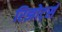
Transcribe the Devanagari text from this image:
रिझोर्ट्स